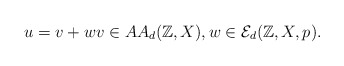
\begin{align*}u = v+w v\in AA_d(\mathbb{Z},X) , w\in\mathcal{E}_d(\mathbb{Z},X,p).\end{align*}